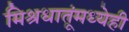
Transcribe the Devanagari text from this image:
मिश्रधातूंमध्येही